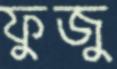
ফুজু